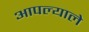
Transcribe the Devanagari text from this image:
आपल्याले